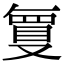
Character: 𭆶